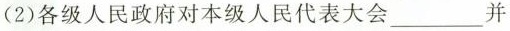
(2)各级人民政府对本级人民代表大会___并